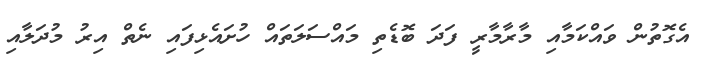
އެގޮތުން ވައްކަމާއި މާރާމާރީ ފަދަ ބޮޑެތި މައްސަލަތައް ހުށައެޅިފައި ނެތް އިރު މުދަލާއި